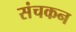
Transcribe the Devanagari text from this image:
संचकन